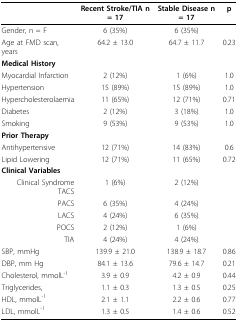
|  | Recent Stroke/TIA n = 17 | Stable Disease n = 17 | p |
 | --- | --- | --- | --- |
 | Gender, n = F | 6 (35%) | 6 (35%) |  |
 | Age at FMD scan, years | 64.2 ± 13.0 | 64.7 ± 11.7 | 0.23 |
 | Medical History |  |  |  |
 | Myocardial Infarction | 2 (12%) | 1 (6%) | 1.0 |
 | Hypertension | 15 (89%) | 15 (89%) | 1.0 |
 | Hypercholesterolaemia | 11 (65%) | 12 (71%) | 0.71 |
 | Diabetes | 2 (12%) | 3 (18%) | 1.0 |
 | Smoking | 9 (53%) | 9 (53%) | 1.0 |
 | Prior Therapy |  |  |  |
 | Antihypertensive | 12 (71%) | 14 (83%) | 0.6 |
 | Lipid Lowering | 12 (71%) | 11 (65%) | 0.72 |
 | Clinical Variables |  |  |  |
 | Clinical Syndrome TACS | 1 (6%) | 2 (12%) |  |
 | PACS | 6 (35%) | 4 (24%) |  |
 | LACS | 4 (24%) | 6 (35%) |  |
 | POCS | 2 (12%) | 1 (6%) |  |
 | TIA | 4 (24%) | 4 (24%) |  |
 | SBP, mmHg | 139.9 ± 21.0 | 138.9 ± 18.7 | 0.86 |
 | DBP, mm Hg | 84.1 ± 13.6 | 79.6 ± 14.7 | 0.21 |
 | Cholesterol, mmolL-1 | 3.9 ± 0.9 | 4.2 ± 0.9 | 0.44 |
 | Triglycerides, | 1.1 ± 0.3 | 1.3 ± 0.5 | 0.25 |
 | HDL, mmolL-1 | 2.1 ± 1.1 | 2.2 ± 0.6 | 0.77 |
 | LDL, mmolL-1 | 1.3 ± 0.5 | 1.4 ± 0.6 | 0.52 |